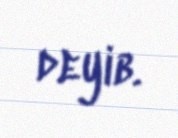
deyib.